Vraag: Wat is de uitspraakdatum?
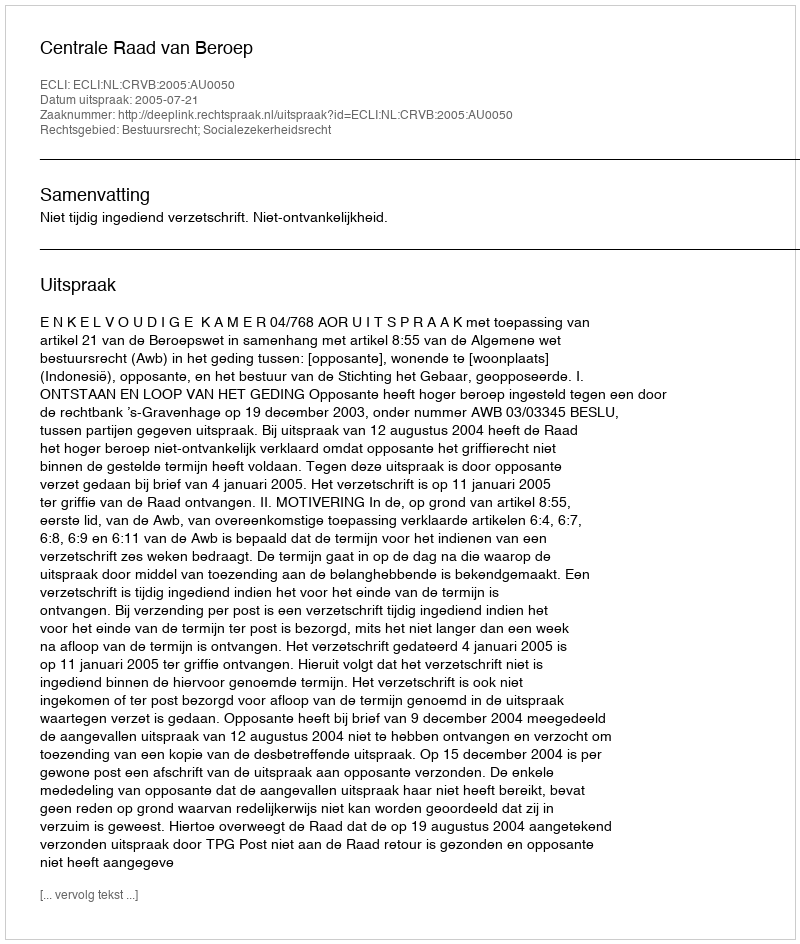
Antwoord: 2005-07-21